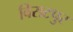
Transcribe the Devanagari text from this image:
विराटपुर